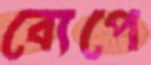
ব্যেপে